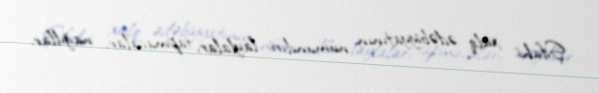
Şifahi xalq ədəbiyyatının nümunılıri: laylalar, tapmacalar, nağıllar,